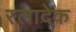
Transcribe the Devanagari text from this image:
स्लादेक